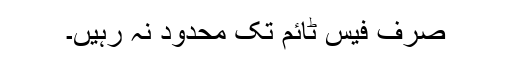
صرف فیس ٹائم تک محدود نہ رہیں۔